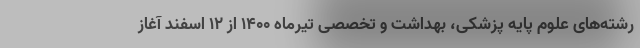
رشته‌های علوم پایه پزشکی، بهداشت و تخصصی تیرماه ۱۴۰۰ از ۱۲ اسفند آغاز